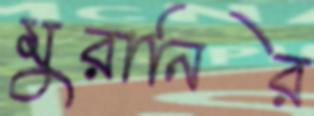
মুরানির